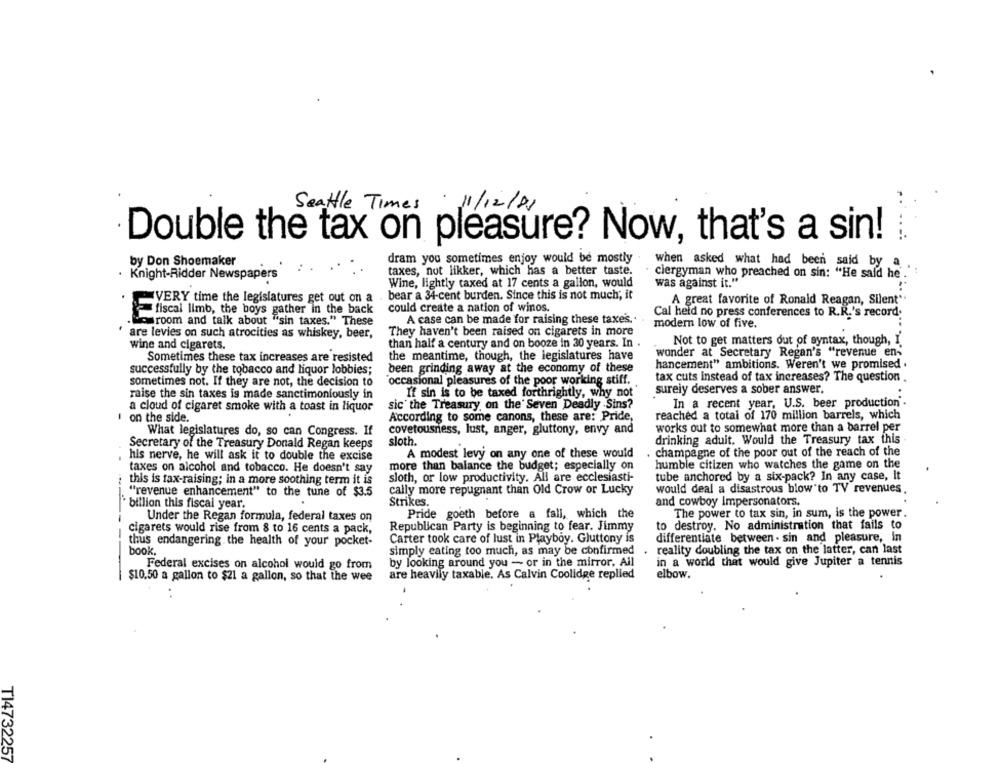
Seattle Times : 11/12/21
Double the tax on pleasure? Now, that's a sin!
dram you sometimes enjoy would be mostly
by Don Shoemaker
:
..
when asked what had been said by a
taxes, not likker, which has a better taste.
ciergyman who preached on sin: "He said he
Knight-Ridder Newspapers
was against it."
Wine, lightly taxed at 17 cents a galion, would
bear a 34-cent burden. Since this is not much; it
.
EVERY time the legislatures get out on a
A great favorite of Ronald Reagan, Silent"
could create a nation of winos.
Cal held no press conferences to R.R.'s record.
fiscal limb, the boys gather In the back
"room and talk about "sin taxes." These
A case can be made for raising these taxes ..
modem low of five.
are levies on such atrocities as whiskey, beer,
They haven't been raised on cigarets in more
than half a century and on booze in 30 years. In .
Not to get matters dut of syntax, though, I.
wine and cigarets.
Sometimes these tax increases are resisted
the meantime, though, the legislatures have
wonder at Secretary Regan's "revenue en-
hancement" ambitions. Weren't we promised .
successfully by the tobacco and liquor lobbies;
been grinding away at the economy of these
occasional pleasures of the poor working stiff.
tax cuts instead of tax increases? The question .
sometimes not. If they are not, the decision to
surely deserves a sober answer.
raise the sin taxes is made sanctimoniously in
If sin is to be taxed forthrightly, why not
In a recent year, U.S. beer production .
a cloud of cigaret smoke with a toast in liquor
sic' the Treasury, on the Seven Deadly Sins?
I on the side.
According to some canons, these are: Pride,
reached a total of 170 million barrels, which
What legislatures do, so can Congress. If
covetousniess, lust, anger, gluttony, envy and
works out to somewhat more than a barrel per
sloth.
drinking aduit. Would the Treasury tax this
Secretary of the Treasury Donald Regan keeps
his nerve, he will ask it to double the excise
A modest levy on any one of these would
champagne of the poor out of the reach of the
more than balance the budget; especially on
humble citizen who watches the game on the
taxes on alcohol and tobacco. He doesn't say
this is tax-raising; in a more soothing term it is
sloth, or low productivity. All are ecclesiasti-
tube anchored by a six-pack? In any case, it
would deal a disastrous blow to TV revenues.
"revenue enhancement" to the tune of $3.5
cally more repugnant than Old Crow or Lucky
· billion this fiscal year.
Strikes.
and cowboy Impersonators.
--
Under the Regan formula, federal taxes on
Pride goeth before a fall, which the
The power to tax sin, in sum, is the power.
Republican Party is beginning to fear. Jimmy
to destroy. No administration that fails to
-
cigarets would rise from 8 to 16 cents a pack,
thus endangering the health of your pocket-
Carter took care of lust in Playboy. Gluttony is
differentiate between . sin and pleasure, in
reality doubling the tax on the latter, can last
book.
simply eating too much, as may be confirmed
by looking around you - or in the mirror. All
in a world that would give Jupiter a tennis
Federal excises on alcohol would go from
$10.50 a gallon to $21 a gallon, so that the wee
are heavily taxable. As Calvin Coolidge replied
elbow.
T14732257